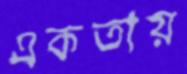
একতায়